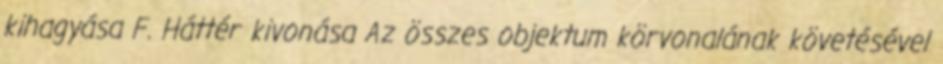
kihagyása F. Háttér kivonása Az összes objektum körvonalának követésével